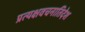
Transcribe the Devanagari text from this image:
प्रत्यक्षवचनातिदेश